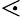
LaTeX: \lessdot